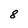
Character: 8